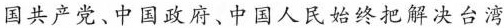
国共产党、中国政府、中国人民始终把解决台湾